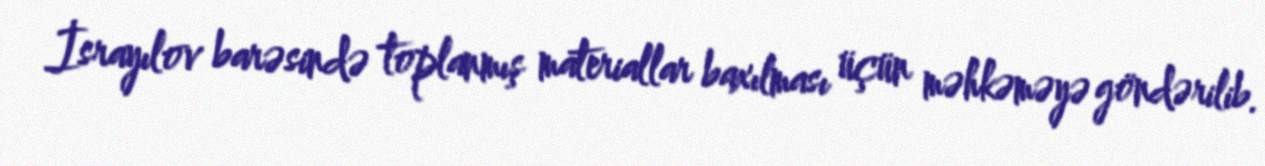
İsrayılov barəsində toplanmış materiallar baxılması üçün məhkəməyə göndərilib.